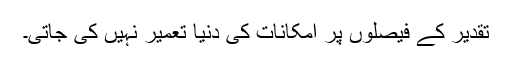
تقدیر کے فیصلوں پر امکانات کی دنیا تعمیر نہیں کی جاتی۔